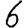
Digit: 6